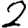
Digit: 2